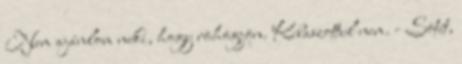
Nem ajánlom neki, hogy röhögjön. Kibaszottul nem. - Sötét,